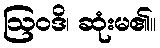
ဩဝဒိ၊ ဆုံးမ၏။